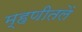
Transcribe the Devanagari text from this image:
म्हणीतलें